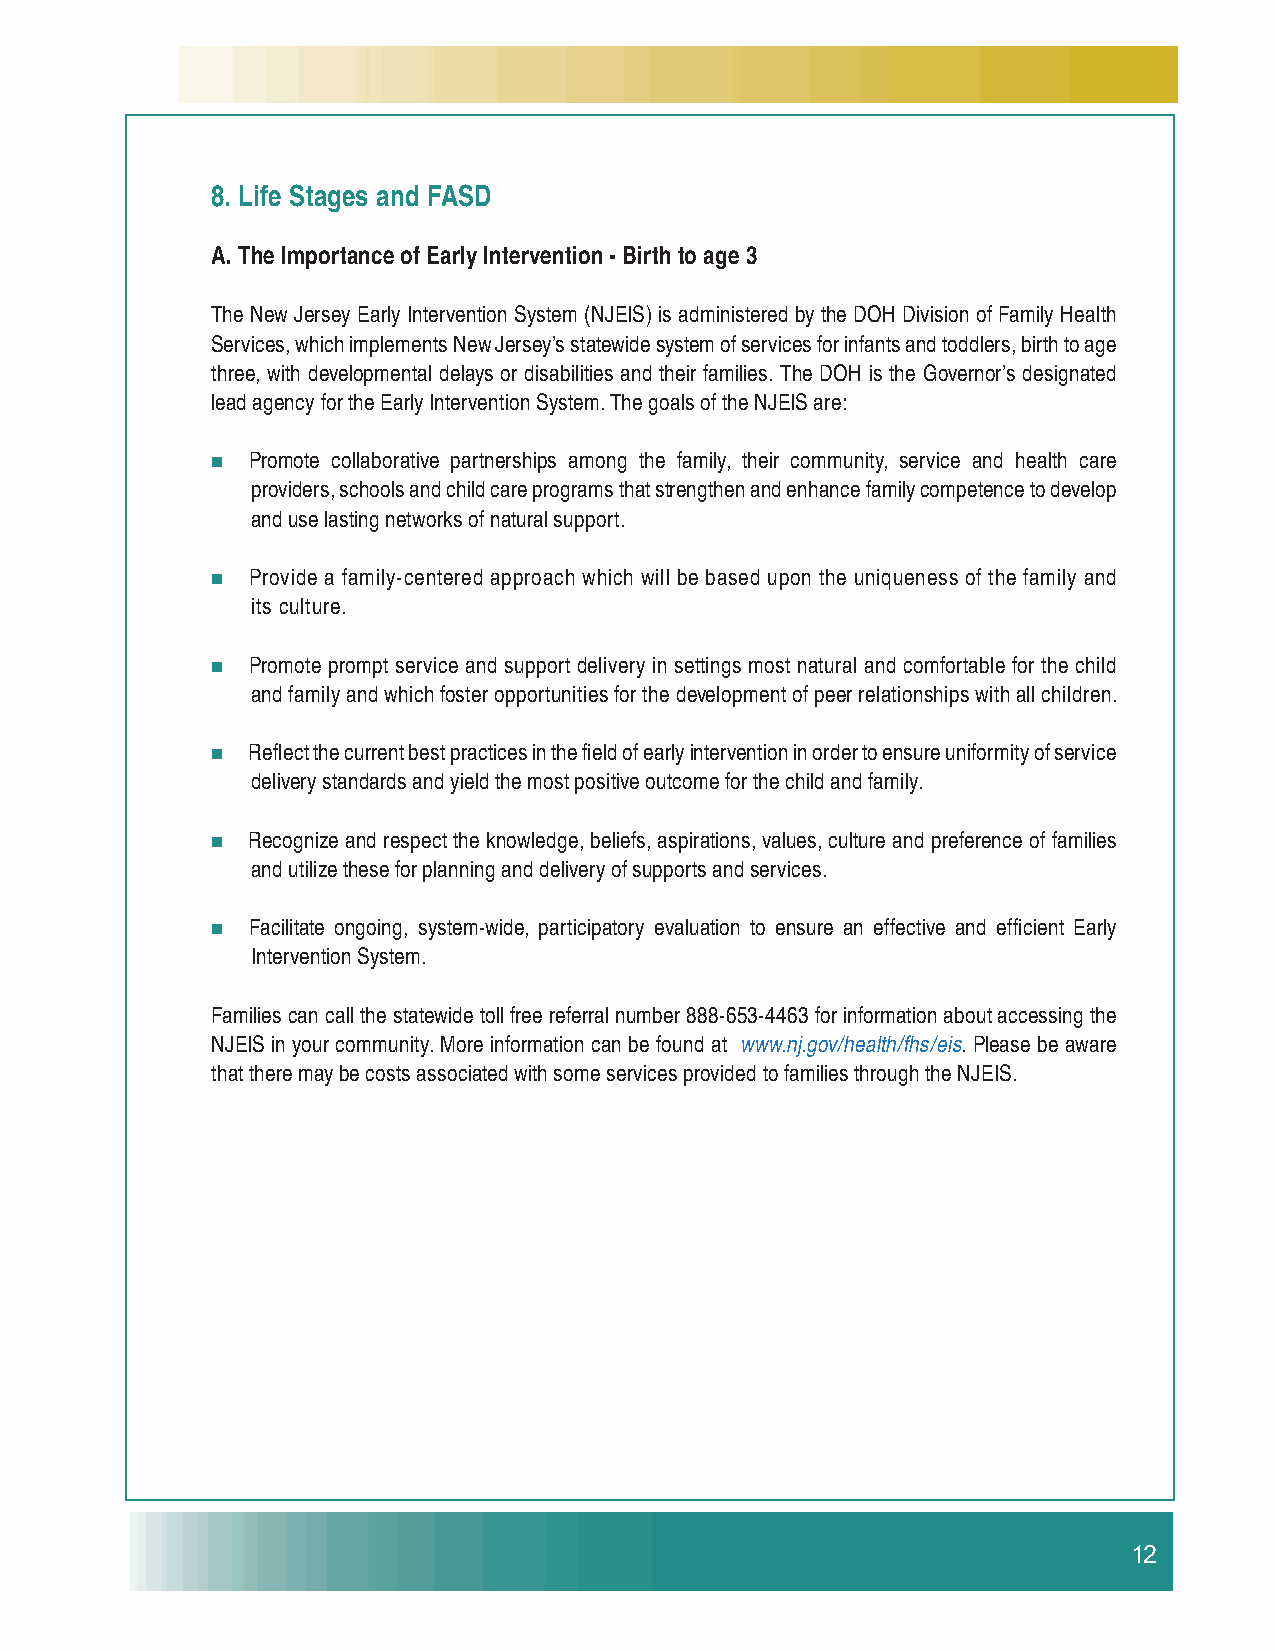
8. Life Stages and FASD
 A. The Importance of Early Intervention - Birth to age 3
 The New Jersey Early Intervention System (NJEIS) is administered by the DOH Division of Family Health
 Services, which implements New Jersey’s statewide system of services for infants and toddlers, birth to age
 three, with developmental delays or disabilities and their families. The DOH is the Governor’s designated
 lead agency for the Early Intervention System. The goals of the NJEIS are:
  Promote collaborative partnerships among the family, their community, service and health care
 providers, schools and child care programs that strengthen and enhance family competence to develop
 and use lasting networks of natural support.
  Provide a family-centered approach which will be based upon the uniqueness of the family and
 its culture.
  Promote prompt service and support delivery in settings most natural and comfortable for the child
 and family and which foster opportunities for the development of peer relationships with all children.
  Refl ect the current best practices in the fi eld of early intervention in order to ensure uniformity of service
 delivery standards and yield the most positive outcome for the child and family.
  Recognize and respect the knowledge, beliefs, aspirations, values, culture and preference of families
 and utilize these for planning and delivery of supports and services.
  Facilitate ongoing, system-wide, participatory evaluation to ensure an effective and effi cient Early
 Intervention System.
 Families can call the statewide toll free referral number 888-653-4463 for information about accessing the
 NJEIS in your community. More information can be found at www.nj.gov/health/fhs/eis. Please be aware
 that there may be costs associated with some services provided to families through the NJEIS.
 12